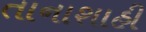
તાનાશાહી